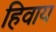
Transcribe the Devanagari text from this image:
हिवाय